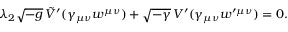
\lambda _ { 2 } \sqrt { - g } \, \tilde { V } ^ { \prime } ( \gamma _ { \mu \nu } w ^ { \mu \nu } ) + \sqrt { - \gamma } \, V ^ { \prime } ( \gamma _ { \mu \nu } w ^ { \prime \mu \nu } ) = 0 .